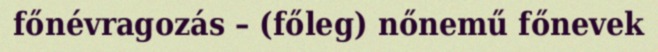
főnévragozás – (főleg) nőnemű főnevek